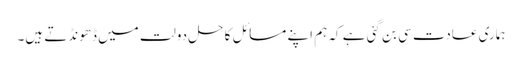
ہماری عادت سی بن گئی ہے کہ ہم اپنے مسائل کا حل دولت میں ڈھونڈتے ہیں۔